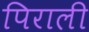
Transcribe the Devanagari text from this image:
पिराली